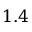
1 . 4